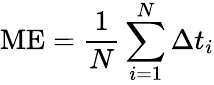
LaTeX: \textup{ME}=\frac{1}{N}\sum_{i=1}^{N}\Delta t_{i}